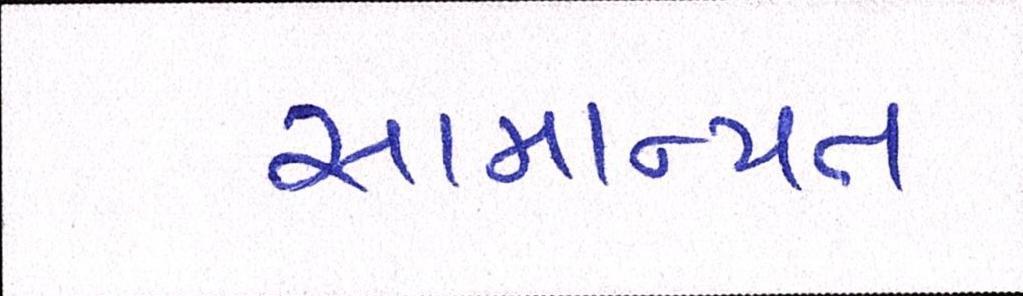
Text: સામાન્યતઃ